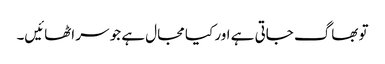
تو بھاگ جاتی ہے اور کیا مجال ہے جو سر اٹھائیں۔